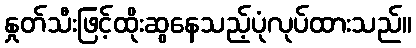
နှုတ်သီးဖြင့်ထိုးဆွနေသည့်ပုံလုပ်ထားသည်။